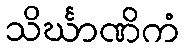
သိင်္ဃာဏိကံ